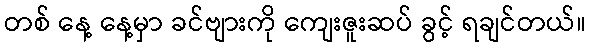
တစ် နေ့ နေ့မှာ ခင်ဗျားကို ကျေးဇူးဆပ် ခွင့် ရချင်တယ်။